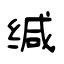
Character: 缄